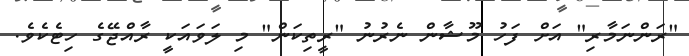
"ރަންނަމާރި" އަށް ފަހު މޫޝާން ނެރުނު "ރީތިކަން" މި ލަވައަކީ ރާއްޖޭގެ ހިޓެކެވެ.